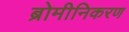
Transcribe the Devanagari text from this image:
ब्रोमीनिकरण